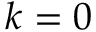
k = 0